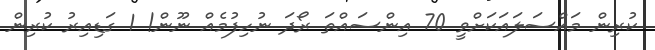
ކުރިން މައްސަލައަކަށްވީ 70 އިންސައްތަ ރޯދަ ނުހިފުމެއް ނޫން! 1 ގަޑިއިރު ކުރިން